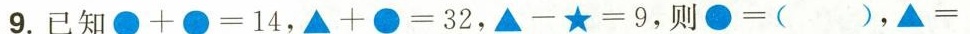
9.已知$$● + ● = 1 4$$，$$▲ + ● = 3 2$$，$$▲ - ★ = 9$$，则$$● = ( )$$，$$▲ =